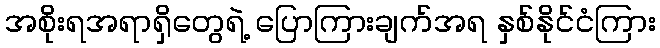
အစိုးရအရာရှိတွေရဲ့ ပြောကြားချက်အရ နှစ်နိုင်ငံကြား